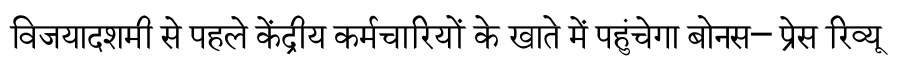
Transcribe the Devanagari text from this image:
विजयादशमी से पहले केंद्रीय कर्मचारियों के खाते में पहुंचेगा बोनस– प्रेस रिव्यू